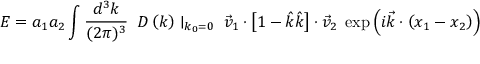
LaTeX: E = a _ { 1 } a _ { 2 } \int { \frac { d ^ { 3 } k } { ( 2 \pi ) ^ { 3 } } } \; \; D \left( k \right) \mid _ { k _ { 0 } = 0 } \; { \vec { v } } _ { 1 } \cdot \left[ 1 - { \hat { k } } { \hat { k } } \right] \cdot { \vec { v } } _ { 2 } \; \exp \left( i { \vec { k } } \cdot \left( x _ { 1 } - x _ { 2 } \right) \right)